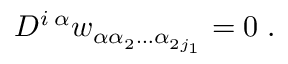
D ^ { i \; \alpha } w _ { \alpha \alpha _ { 2 } \ldots \alpha _ { 2 j _ { 1 } } } = 0 \; .